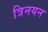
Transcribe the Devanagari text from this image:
त्रिनयन